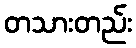
တသားတည်း